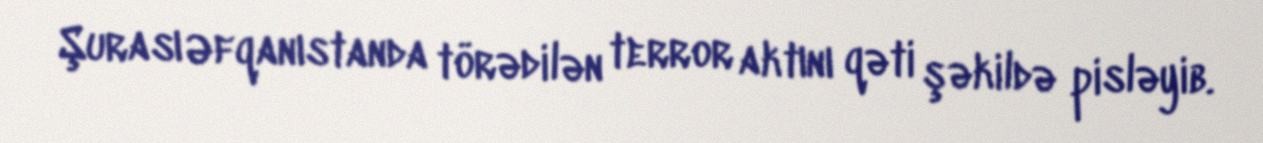
Şurası Əfqanıstanda törədilən terror aktını qəti şəkildə pisləyib.